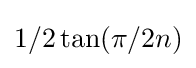
1/2\tan(\pi /2n)